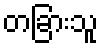
တခြားသူ